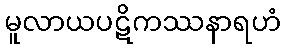
မူလာယပဋိကဿနာရဟံ